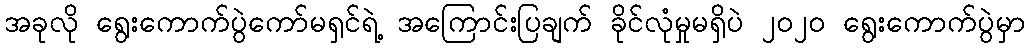
အခုလို ရွေးကောက်ပွဲကော်မရှင်ရဲ့ အကြောင်းပြချက် ခိုင်လုံမှုမရှိပဲ ၂၀၂၀ ရွေးကောက်ပွဲမှာ